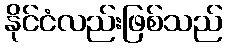
နိုင်ငံလည်းဖြစ်သည်